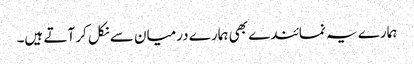
ہمارے یہ نمائندے بھی ہمارے درمیان سے نکل کر آتے ہیں۔